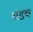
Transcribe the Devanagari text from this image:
चंद्रच